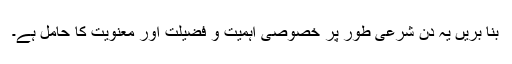
بنا بریں یہ دن شرعی طور پر خصوصی اَہمیت و فضیلت اور معنویت کا حامل ہے۔